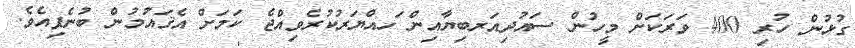
ގުޅުން ހުރި 400 ވަރަކަށް މީހުން ސައުދިއަރބިޔާއިން ަހއްޔަރުކުރެވިއްޖެ ކަމަށް އެޤައުމުން ބުނެފިއެވެ.